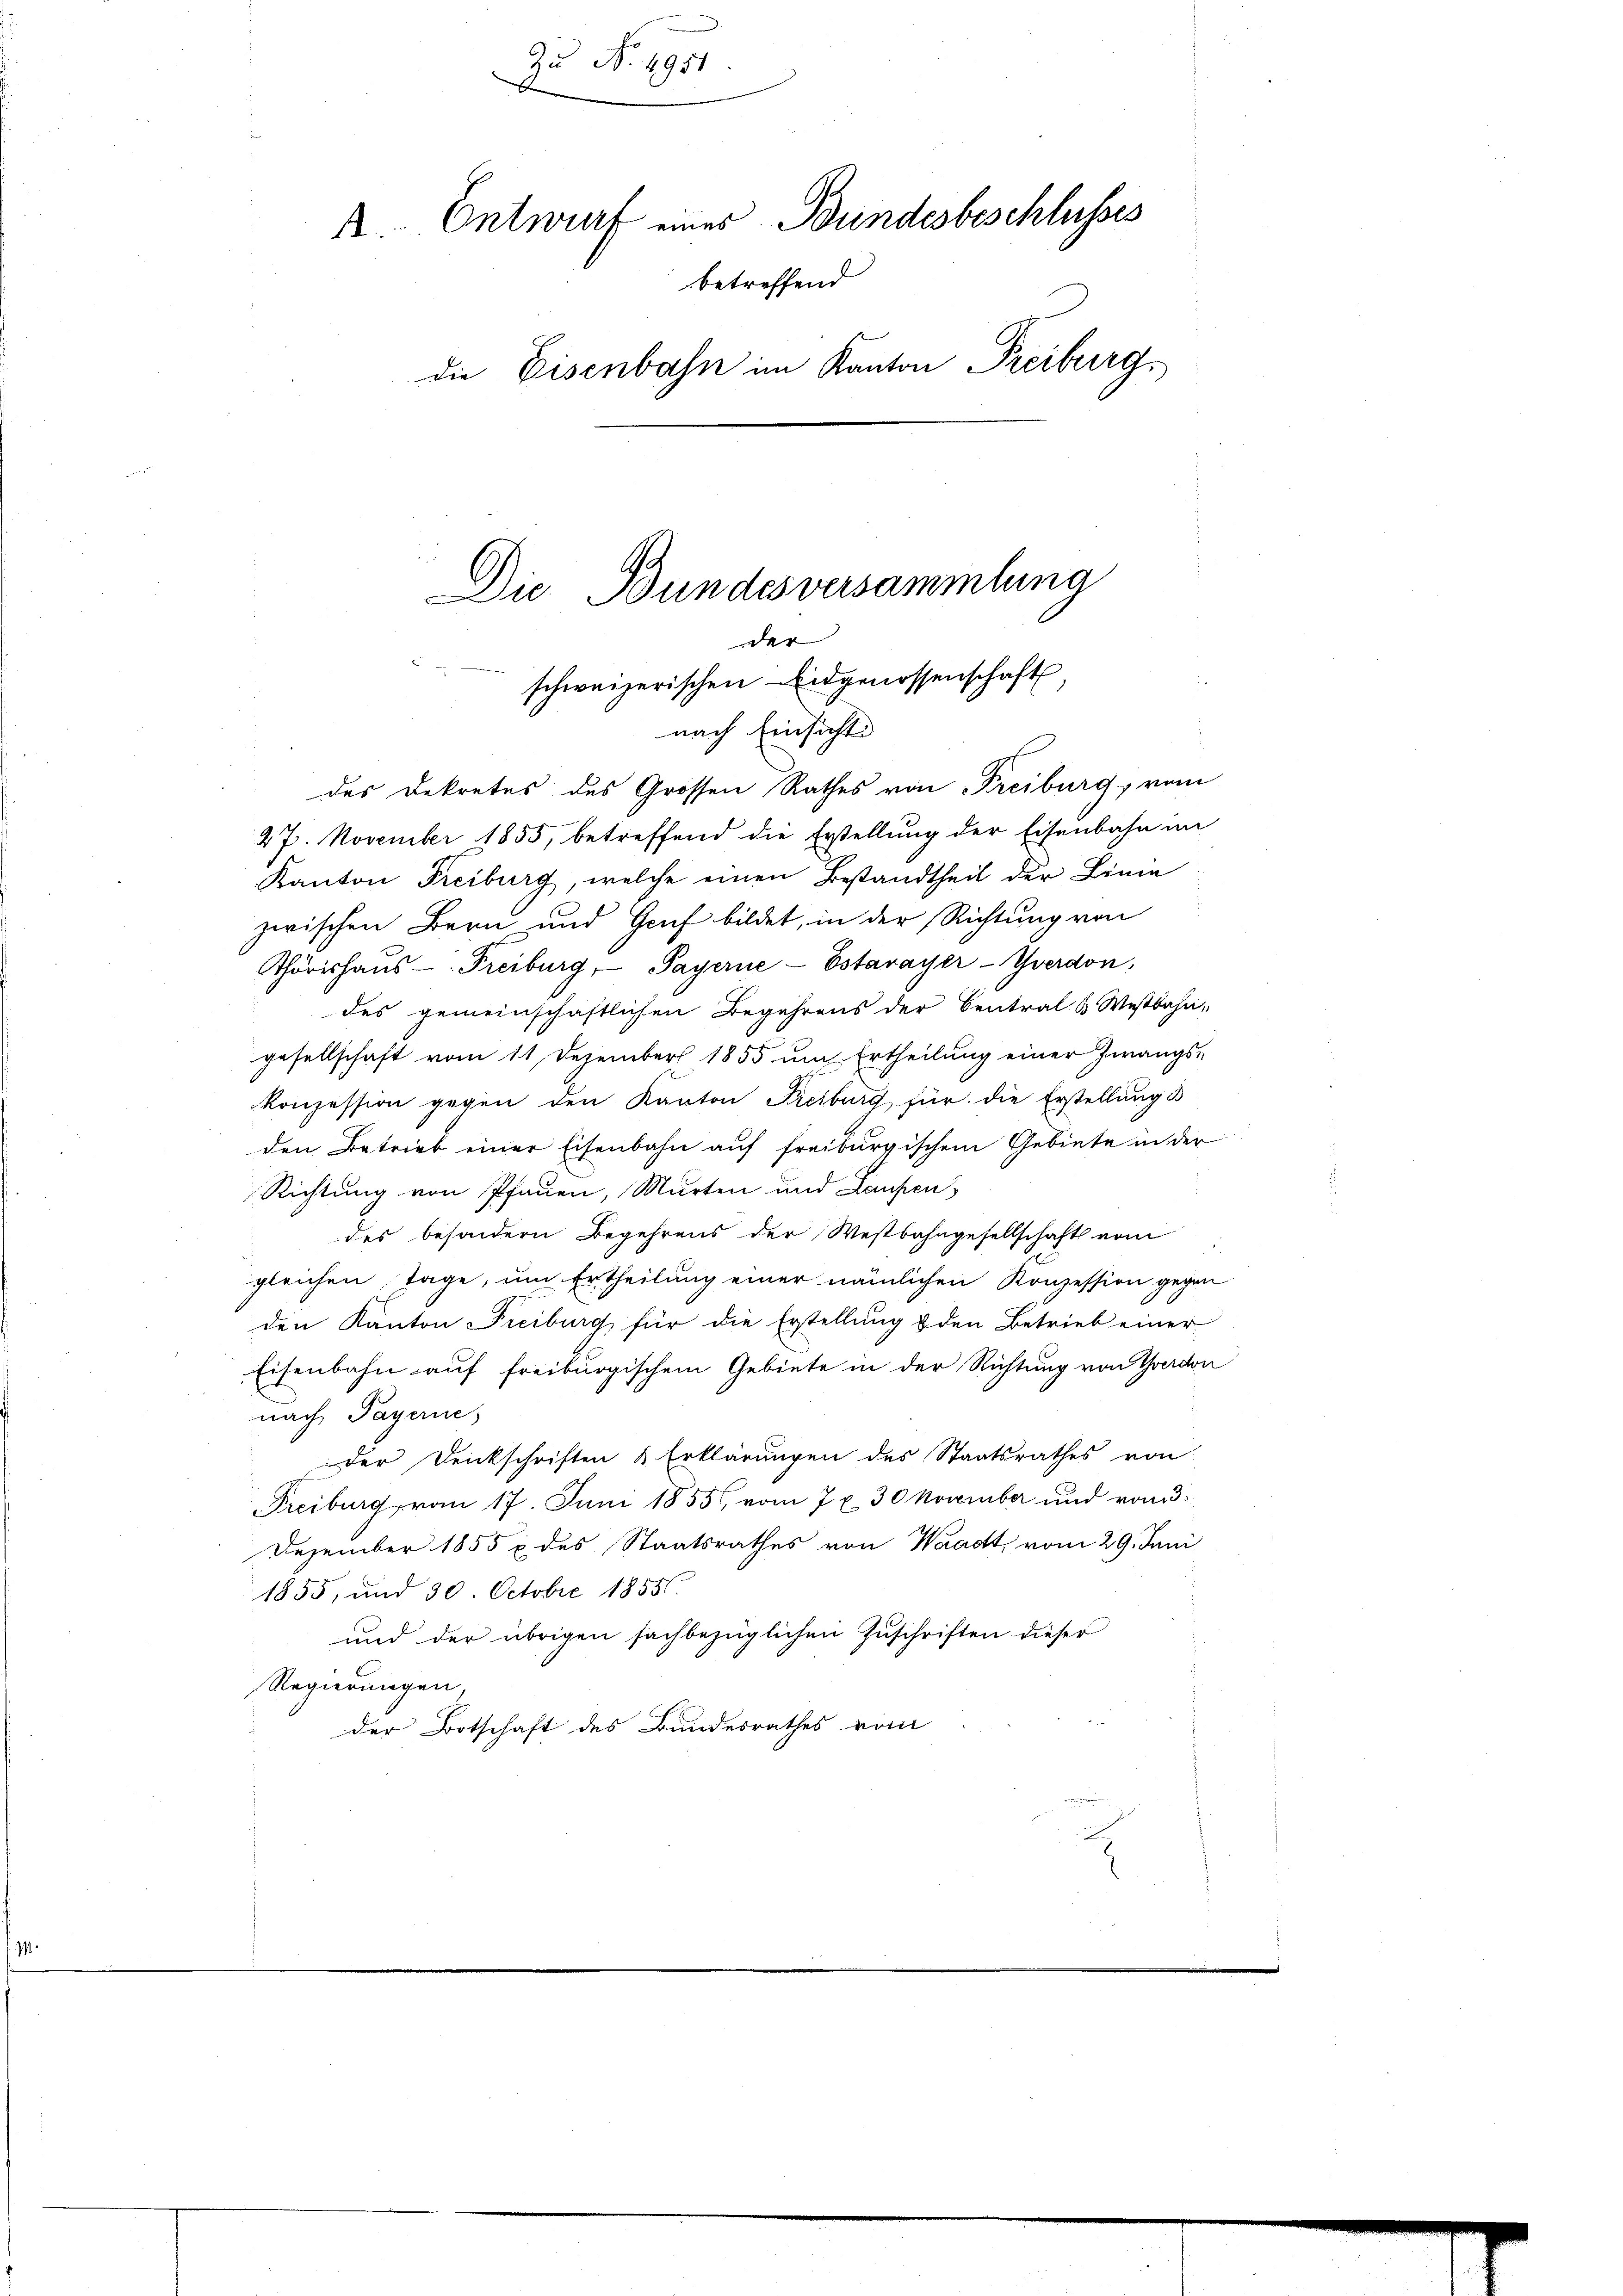
Zu No. 1951
A. Entwurf eines Bundesbeschlusses
betreffend
die Eisenbahn im Kanton Freiburgs
G
Die Bundesversammlung
der
schweizerischen Eidgenossenschaft

nach Einsicht
des Dekretes des Grossen Rathes von Freiburg, vom

27. November 1855, betreffend die Erstellung der Eisenbahn im
Kanton Freiburg, welche einen Bestandtheil der Linie
zwischen Bern und Gruf bildet, in der Richtung von
Thörishaŭs- Freiburg, Payerne-Estavayer-Yverdon,
des gemeinschaftlichen Begehrens der Central & Westbahn-
gesellschaft vom 11. Dezember 1855 um Ertheilung einer Zwangs-
konzession gegen den Kanton Freiburg für die Erstellungs
den Betrieb einer Eisenbahn auf freiburgischem Gebiete in der
Richtung von Pfauen, Murten und Laupen
des besondern Begehrens der Westbahngesellschaft vom
gleichen Tage, um Ertheilung einer nämlichen Konzession gegen
den Kanton Freiburg für die Erstellung & den Betrieb einer
Eisenbahn auf freiburgischem Gebiete in der Richtung von Yverdon
nach Payerne
der Denkschriften & Erklärungen des Staatsrathes von
Freiburg vom 17. Juni 1855, vom 7 x 30 November und vom 3
Dezember 1855 p. des Staatsrathes von Waadt, vom 29. Juni
1855, und 30. Octobre 18556.
und der übrigen sachbezüglichen Zuschriften dieser
Regierungen
der Botschaft des Bundesrathes vom